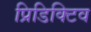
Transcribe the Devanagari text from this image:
प्रिडिक्टिव